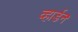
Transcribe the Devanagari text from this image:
व्हार्डन